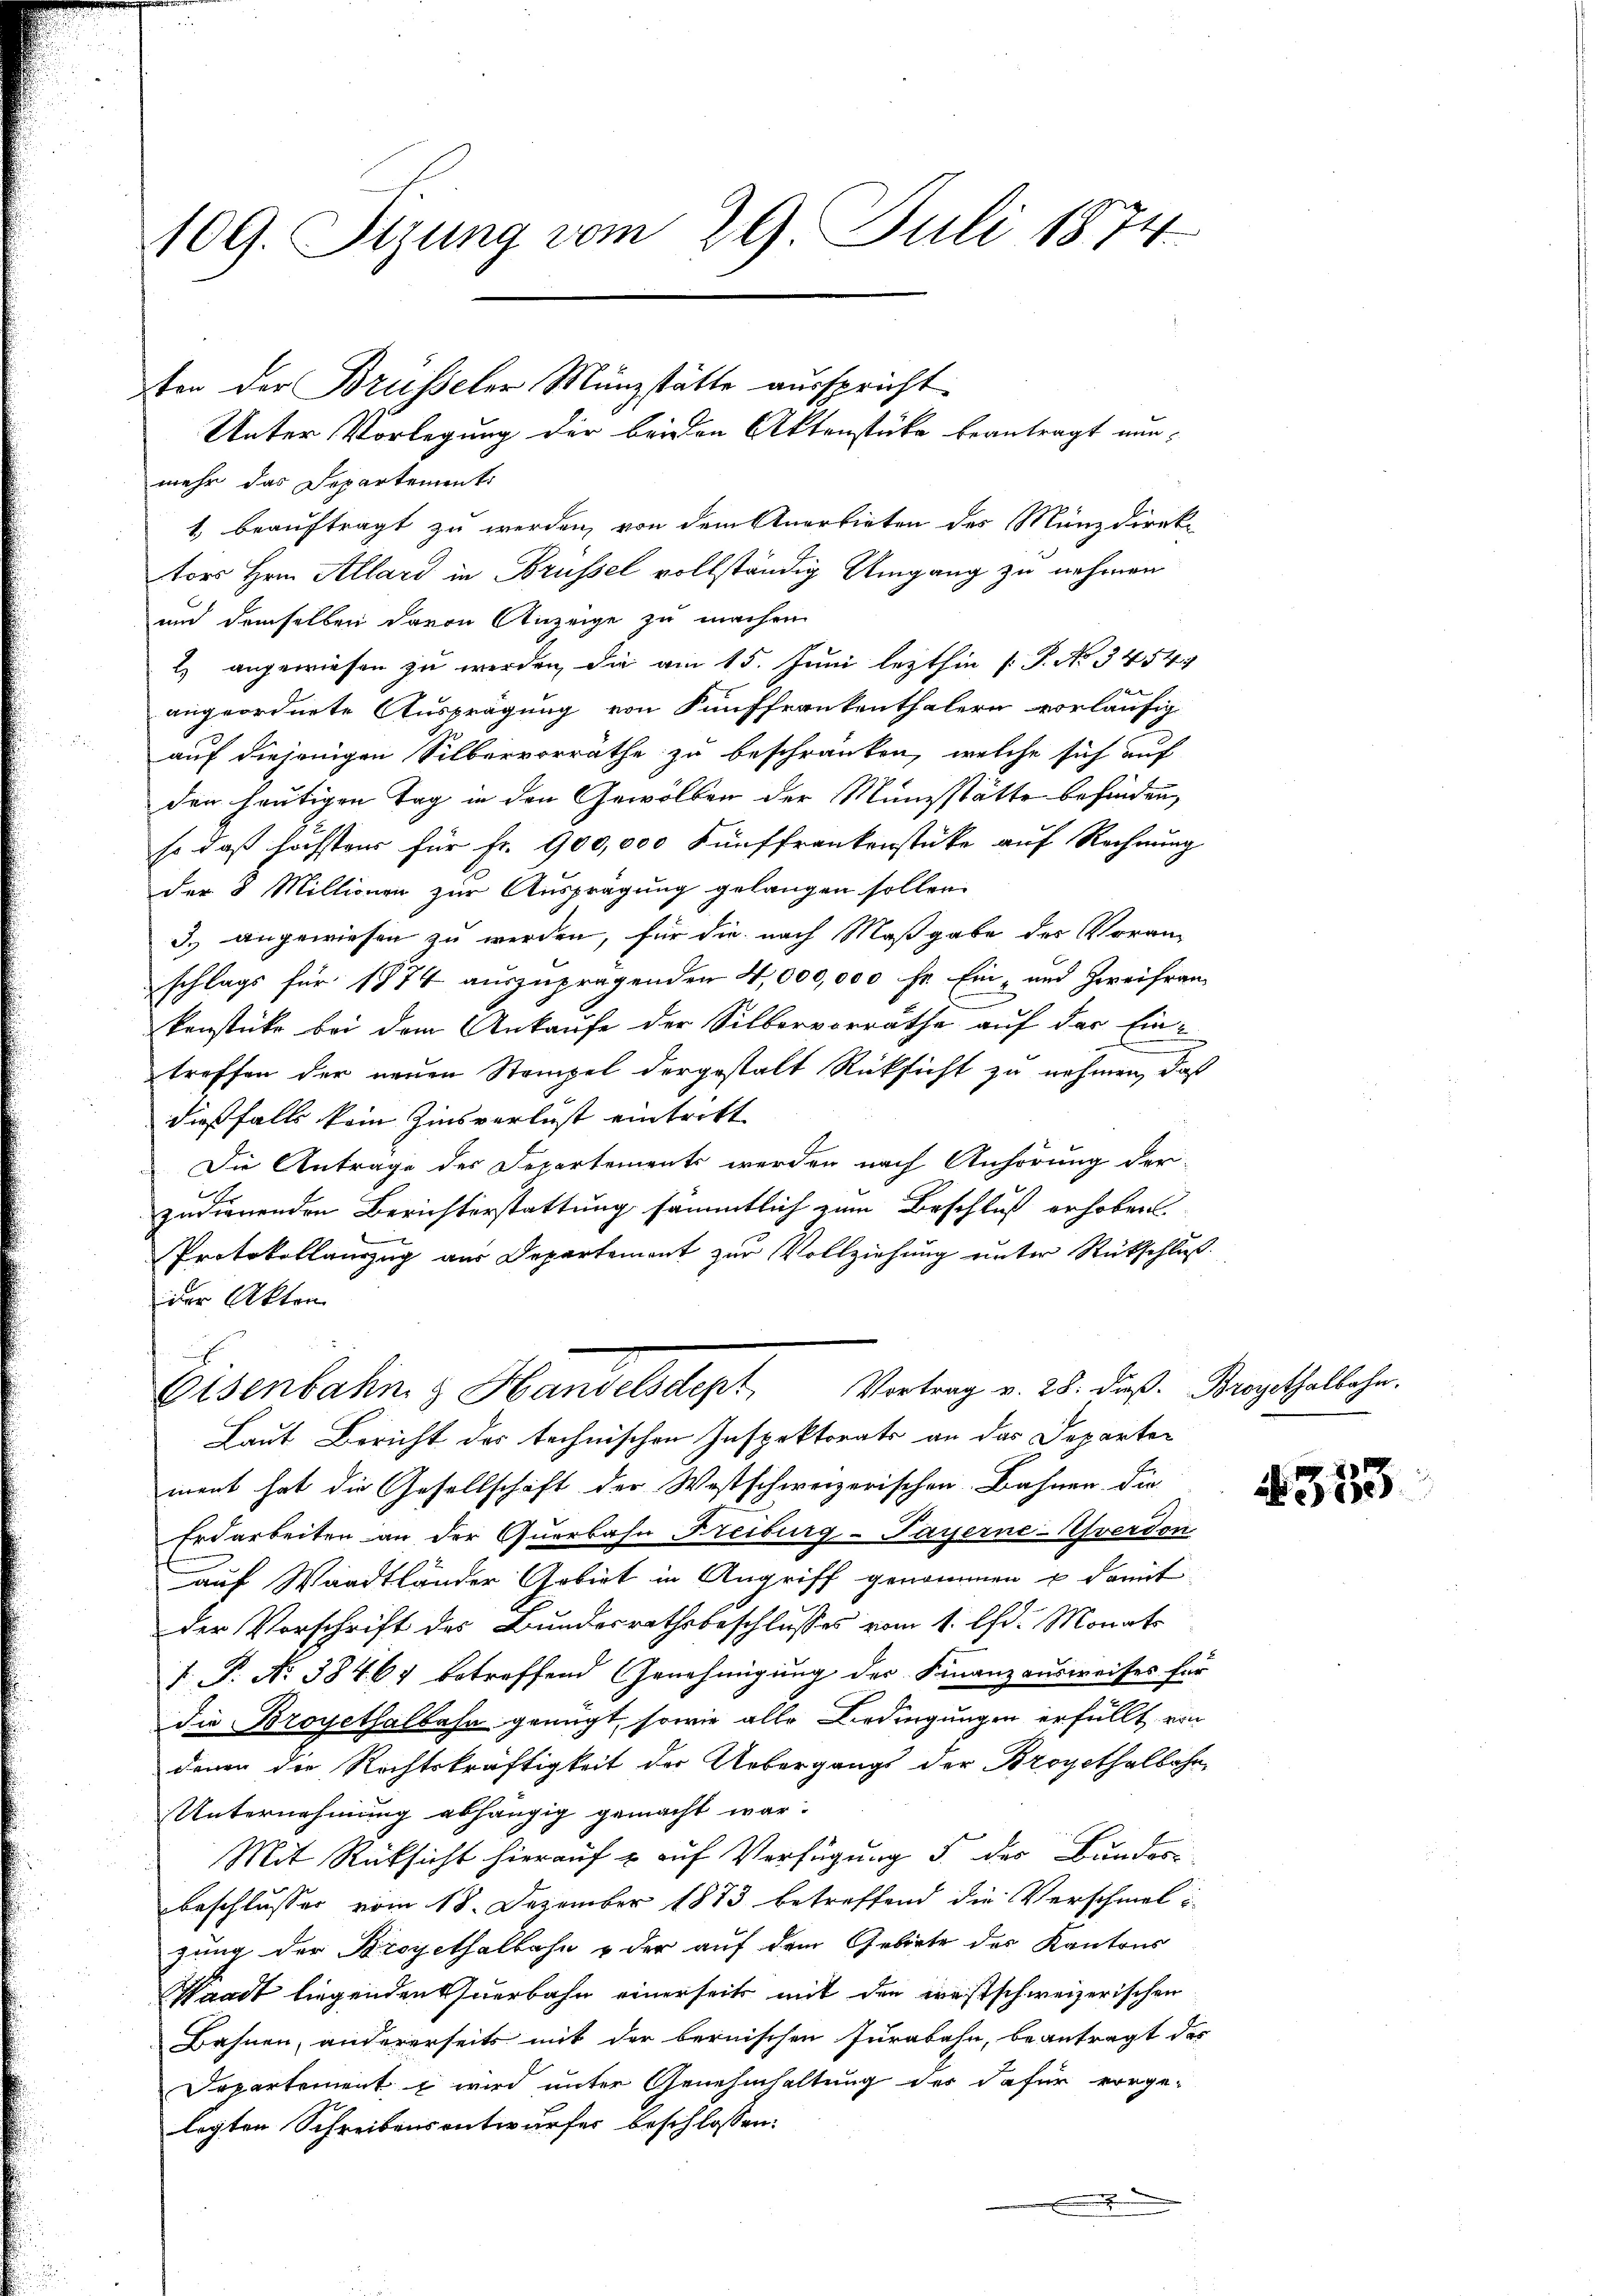
109. Sizung vom 29. Juli 1874

mehr das Departements
1 beauftragt zu werden, von dem Anerbieten des Münzdirektors Hrn. Allard in Brüssel vollständig Umgang zu nehmen
und demselben davon Anzeige zu machen
2) angewiesen zu werden, die am 15. Juni lezthin /: P. No 3454
e
angeordnete Ausprägung von Fünffrankenthalern vorläufig
auf diejenigen Silbervorräthe zu beschränken, welche sich auf
den heutigen Tag in den Gewölben der Münzstätte befinden,
so daß höchstens für fr. 900,000 Fünffrankenstücke auf Rechnung
der 8 Millionen zur Ausprägung gelangen sollen.
3. angewiesen zu werden, für die nach Maßgabe des Voranschlags für 1874 auszuprägenden 4,000,000 Fr. Ein- und Zweifran
kenstücke bei dem Ankaufe der Silbervorräthe auf der Ein-
treffen der neuen Stempel dergestalt Rücksicht zu nehmen, daß
dießfalls kein Zinsverlust eintritt
Die Anträge des Departements werden nach Anhörung der
r
zurierenden Berichterstattung sämmtlich zum Beschluß erhoben
Protokollauszug aus Departement zŭr Vollziehŭng ŭnter Rückschluß.
der Akten
Eisenbahn & Handelsdept, Vortrag v. 28. dieβ. Brogethalbahn.
Laut Bericht der technischen Inspektorats an das Departen
ment hat die Gesellschaft der Westschweizerischen Bahnen die
Erdarbeiten an der Querbahn Freiburg-Payerne-Afverdon
auf Waadtländer Gobirt in Angriff genommen u damit
der Vorschrift des Bundesrathsbeschlusses vom 1. lt. Monats
P. P. No 384. 64 betreffend Genehmigung der Finanzausweises für
die Broyethalbahn genügt, sowie alle Bedingungen erfüllt von
denen die Rechtskräftigkeit der Uebergangs der Brogethalbahn
Unternehmung abhängig gemacht war.
Mit Rücksicht hierauf & auf Verfügung §. des Bundes
Beschlusser vom 18. Dezember 1873 betreffend die Verschmel i
zung der Broyethalbahn & der auf dem Gebiete des Kantons
Waadt liegenden Auerbahn einerseits mit den westschweizerischen
Bahnen, andererseits mit der bernischen Jurabahn, beantragt des
Departement wird unter Genehmhaltung des dafür vorge-
legten Schreibensentwurfes beschlossen:
.

ten der Brüsseler Münzstätte ausspricht.
Unter Vorlegung der beiden Aktenstücke beantragt man¬

313